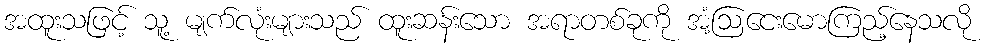
အထူးသဖြင့် သူ့ မျက်လုံးများသည် ထူးဆန်းသော အရာတစ်ခုကို အံ့ဩငေးမောကြည့်နေသလို